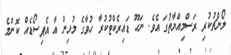
ލޯންޗުކުރި ރަސްމިއްޔާތުގަ އެވެ. ނަހޫ ޑައިރެކްޓުކުރާ ހުވާގެ މުޅިން އާ އެޕިސޯޑެއް ކޮންމެ